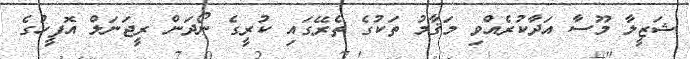
ޝަޒީލާ މޫސާ އަދާކުރެއްވި މަޤާމު ތަކުގެ ތެރޭގައި ކުރީގެ ނޯދަން ރީޖަނަލް އޮފީހުގެ